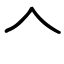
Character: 𠆢